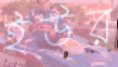
ইউর